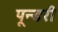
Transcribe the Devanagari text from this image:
पून्डरी